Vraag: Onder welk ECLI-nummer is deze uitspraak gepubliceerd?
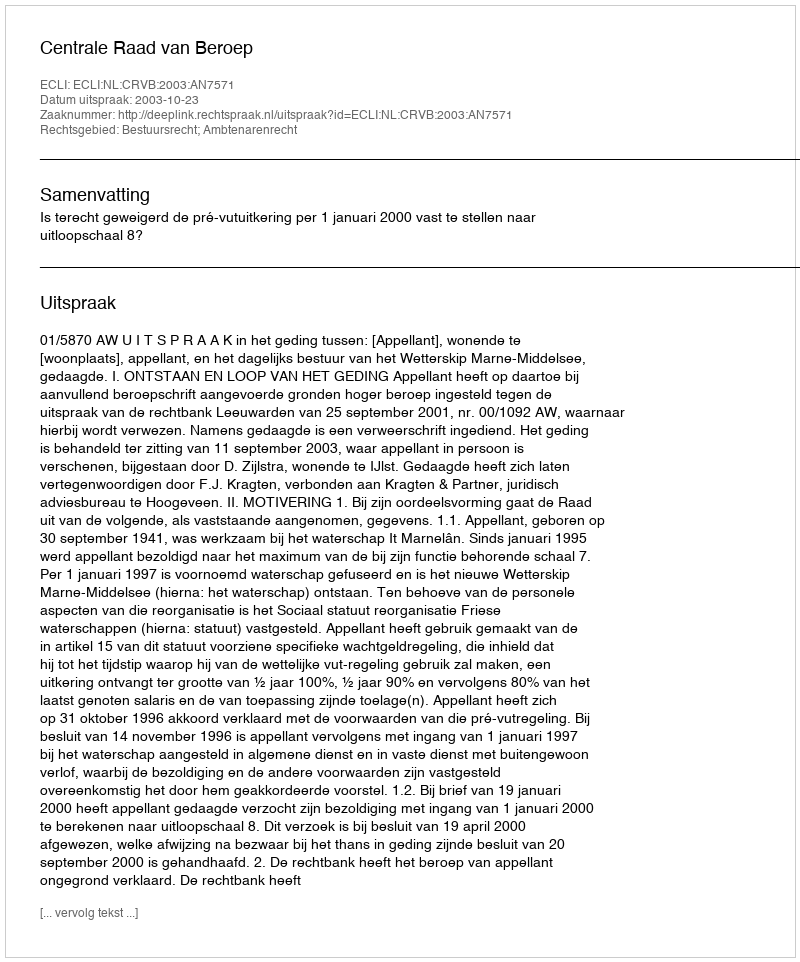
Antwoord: ECLI:NL:CRVB:2003:AN7571